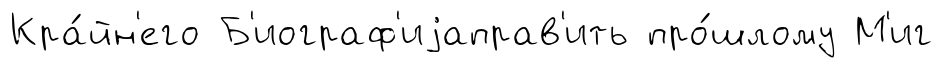
Кра́йн'его Б'иограф'иjаправ'ить про́шлому М'иг